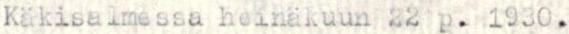
Käkisalmessa heinäkuun 22 p. 1930.